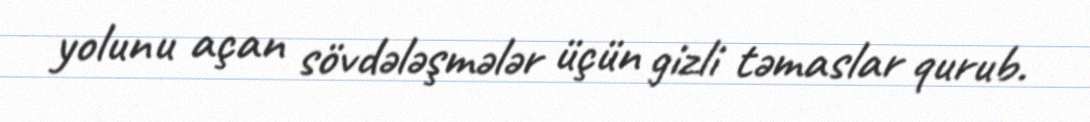
yolunu açan sövdələşmələr üçün gizli təmaslar qurub.